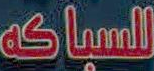
للسباكة